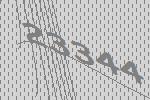
23344